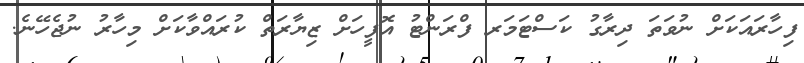
ފިހާރައަކަށް ނުވަތަ ދިރާގު ކަސްޓަމަރ ފްރަންޓު އޮފީހަށް ޒިޔާރަތް ކުރައްވާކަށް މިހާރު ނުޖެހޭނެ.